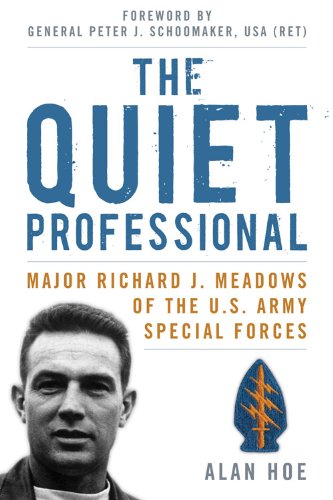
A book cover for The Quiet Professional: Major Richard J. Meadows of the U.S. Army Special Forces (American Warrior Series); Alan Hoe; History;